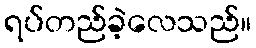
ရပ်တည်ခဲ့လေသည်။